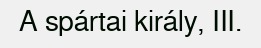
A spártai király, III.